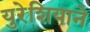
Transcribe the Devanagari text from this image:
युरेशियाने